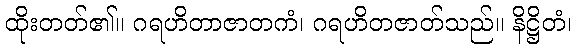
ထိုးတတ်၏။ ဂရဟိတာဇာတကံ၊ ဂရဟိတဇာတ်သည်။ နိဋ္ဌိတံ၊